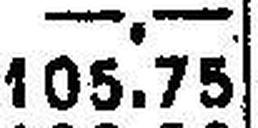
105.75